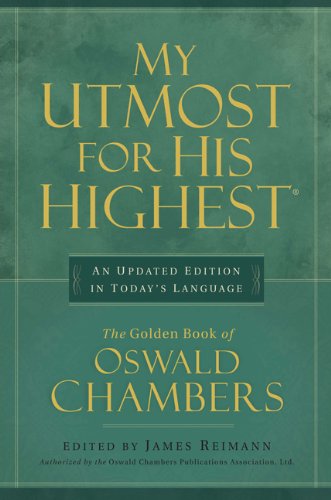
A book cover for My Utmost for His Highest; Oswald Chambers; Self-Help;